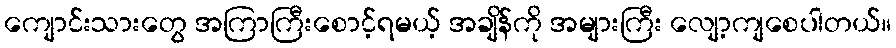
ကျောင်းသားတွေ အကြာကြီးစောင့်ရမယ့် အချိန်ကို အများကြီး လျော့ကျစေပါတယ်။